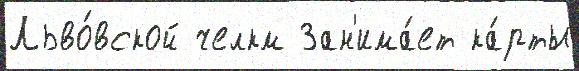
Льво́вской челкм Зан'има́ет ка́рты